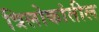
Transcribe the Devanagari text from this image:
त्रिलोकांतील